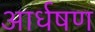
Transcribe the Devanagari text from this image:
आर्धषण